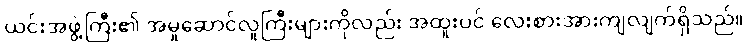
ယင်းအဖွဲ့ကြီး၏ အမှုဆောင်လူကြီးများကိုလည်း အထူးပင် လေးစားအားကျလျက်ရှိသည်။